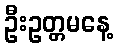
ဦးဥတ္တမနေ့